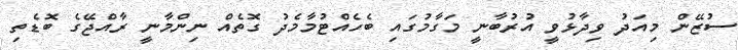
ސުޒޭން މިއަދު ވިދާޅުވީ އުރުބާނީ މަގާމުގައި ބެހެއްޓުމާމެދު ގޮތެއް ނިންމާނީ ރާއްޖޭގެ ބޮޑެތި